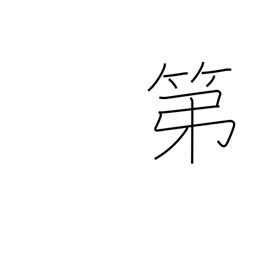
Meaning: residence